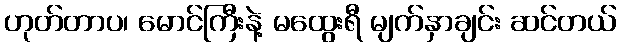
ဟုတ်တာပ၊ မောင်ကြီးနဲ့ မထွေးရီ မျက်နှာချင်း ဆင်တယ်